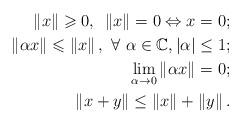
LaTeX: \begin{align*}\left\|x\right\| \geqslant 0 , ~\left\|x\right\| = 0 \Leftrightarrow x=0 ;\\\left\|\alpha x\right\| \leqslant \left\|x\right\|, ~\forall~\alpha \in \mathbb{C}, |\alpha| \le 1 ;\\\lim _{\alpha \rightarrow 0}\left\|\alpha x\right\| = 0;\\\left\|x+y \right\| \le \left\|x\right\|+\left\|y\right\| .\end{align*}